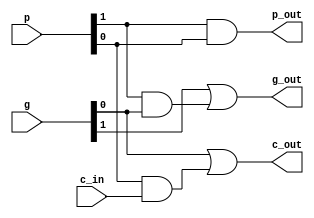
//////////////////////////////////////////////////////////////////////////////////
// Module Name: Generator of carry generator, propagator and next carry out 
// Description: Figure 3.10 shows related schematic
// Revision:
// 26.05.2020 -> Revision 0.01 - Created
//////////////////////////////////////////////////////////////////////////////////

`timescale 1ns / 1ps

module CarryGP(
    input [1:0] g, p,   // Lower level 2-set G, P
    input c_in,         // Lower level Carry-In
    output g_out, p_out, c_out);    // Higher level G, P, Carry-Out
    
    assign g_out = g[1] | p[1] & g[0];  // higher level carry generator
    assign p_out = p[1] & p[0];         // higher level carry propagator
    assign c_out = g[0] | p[0] & c_in;  // higher level carry_out;
    
endmodule